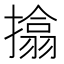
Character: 㩉